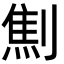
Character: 劁